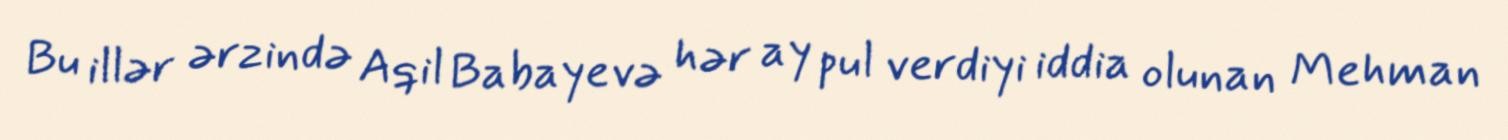
Bu illər ərzində Aqil Babayevə hər ay pul verdiyi iddia olunan Mehman